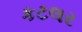
કટલર